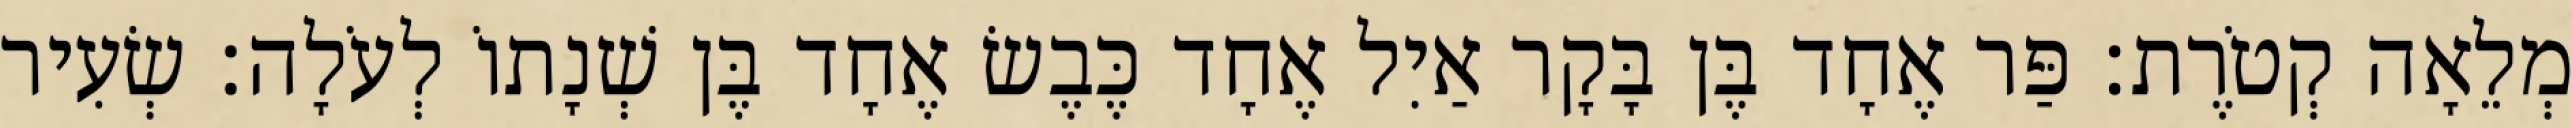
מְלֵאָה קְטֹרֶת׃ פַּר אֶחָד בֶּן בָּקָר אַיִל אֶחָד כֶּבֶשׂ אֶחָד בֶּן שְׁנָתוֹ לְעֹלָה׃ שְׂעִיר